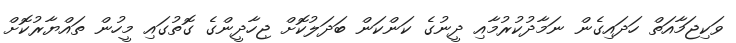
ވަކިޖަމާއަތް ހަދައިގެން ނަމާދުކުރުމާއި ދީނުގެ ކަންކަން ބަދަލުކޮށް ޖިހާދީންގެ ގޮތުގައި މީހުން ތައްޔާރުކޮށް